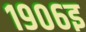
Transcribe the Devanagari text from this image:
१९०६इ